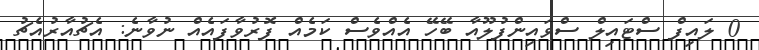
0 ލައިފް ސްޓައިލް ސްވައިންފުލޫއާ ބޭހޭ އެއްވެސް ކަމެއް ފޮރުވާފައެއް ނުވާނެ: އެޗުއާރުއެޗު